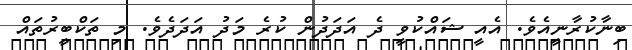
ބިނާކުރާނީއެވެ. އެއީ ޝައްކުވީ ދެ އަދަދުން ކުރެ މަދު އަދަދެވެ. މި ތަކްބީރުތައް